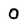
Character: 0